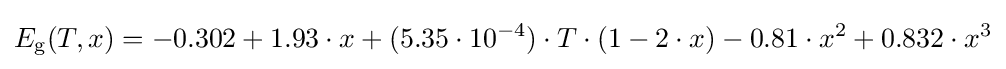
E_{\text{g}}(T,x)=-0.302+1.93\cdot x+(5.35\cdot 10^{-4})\cdot T\cdot (1-2\cdot x)-0.81\cdot x^{2}+0.832\cdot x^{3}